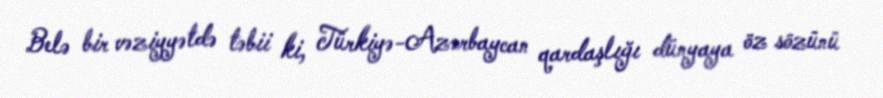
Belə bir vəziyyətdə təbii ki, Türkiyə-Azərbaycan qardaşlığı dünyaya öz sözünü